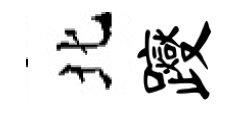
北躞